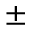
\pm